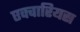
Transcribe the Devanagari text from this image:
एक्वारियस